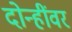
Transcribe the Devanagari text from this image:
दोन्हींवर